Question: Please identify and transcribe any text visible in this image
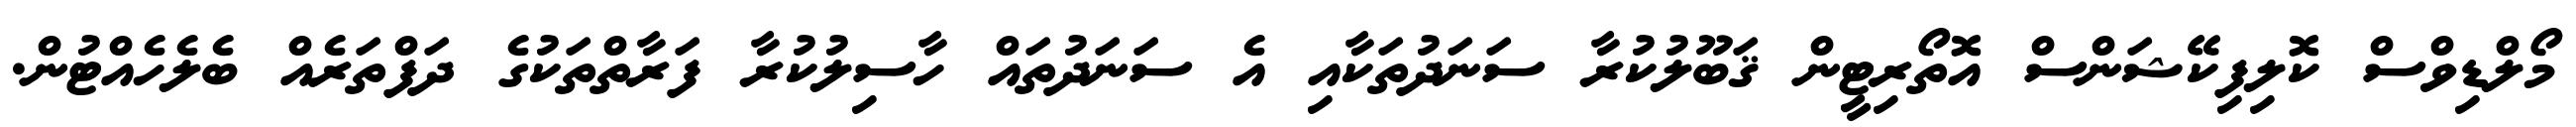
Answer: މޯލްޑިވްސް ކޮލިފިކޭޝަންސް އޮތޯރިޓީން ޤަބޫލުކުރާ ސަނަދުތަކާއި އެ ސަނަދުތައް ހާސިލުކުރާ ފަރާތްތަކުގެ ދަފްތަރެއް ބެލެހެއްޓުން.